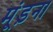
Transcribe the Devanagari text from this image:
मूंड़ना